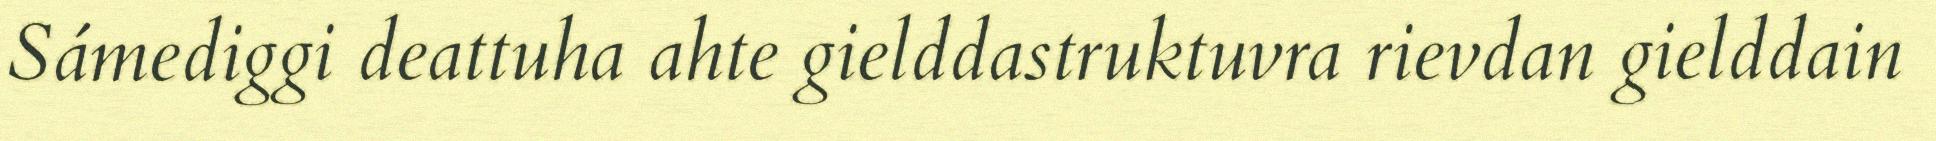
Sámediggi deattuha ahte gielddastruktuvra rievdan gielddain